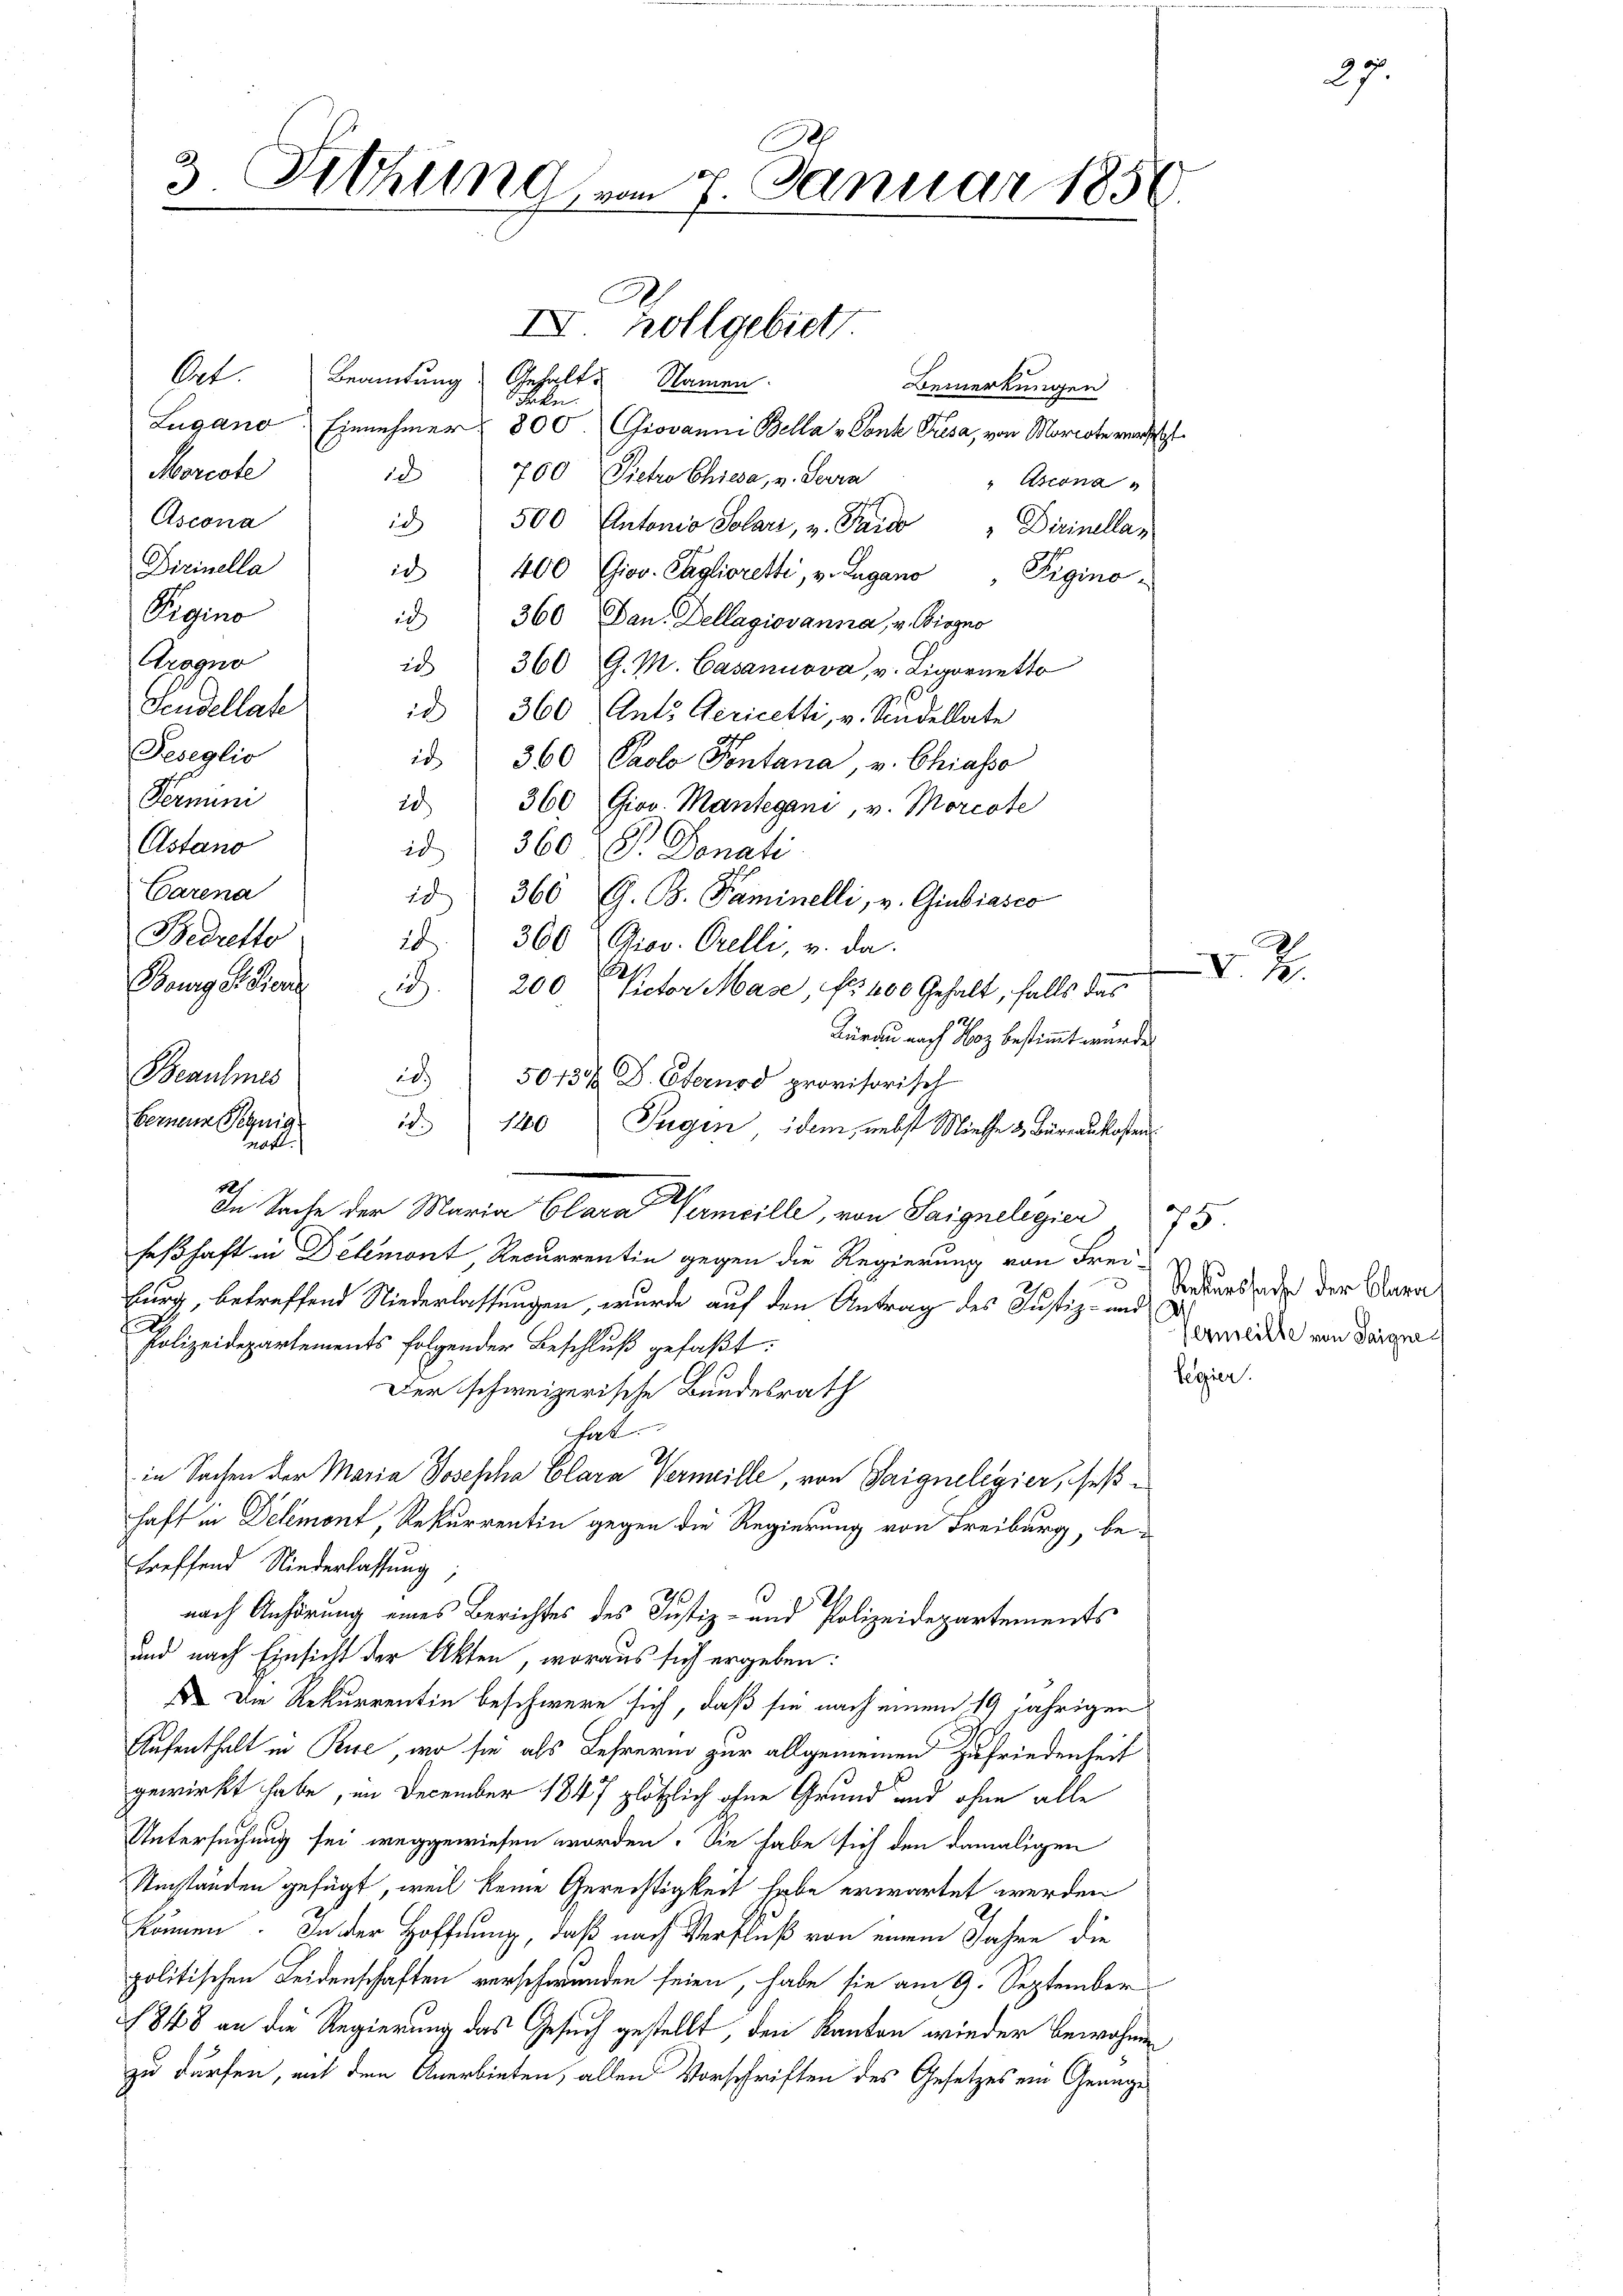
Bedretto
Beaumes
bernen Segnig
nott.

3. Fiehung vom 7. Januar 1856
.

Ort. Beamtung Gehalt Namen.
Bemerkungen
Frkn.
Lugano Einnehmer 800. Giovanni Bella Conk Fuesa, von Morcote versetzt
Morcote
1
760 Pietro Chiesa, v. Ferra
" Arcona
Ascona
ich
500 Antonio Solari, u. Pardo " Dirinellan
Dirinella
ic
400 Giov. Caglioretti, v. Lugano
Pigino
Pigno
ich
360. Dan. Dellagiovanna, v. Biogno
20
360 G. M. Casannova, v. Ligornetto
id 360 Ant. Gericetti, v. Stadellate
id " 360 Paolo Pontana, v. Chiasso
20
360 Giov. Mantegani, v. Morcote
id
360 f. Donati
id 360 (G. B. Faminelli, v. Giubiasco
1
360 Giov. Orelli, u. da
12
)
burg, betreffend Niederlassungen, wurde auf den Antrag des Justiz- und
Polizeidepartements folgender Beschluß gefaßt:
Der schweizerische Bundesrath
hat
2.
in Sachen der Maria Josepha Clara Vermille, von Saignelegier, seßhaft in Delémont Rekurrentin gegen die Regierung von Freiburg, be-
Treffend Niederlassung;
nach Anhörung eines Berichtes des Justiz- und Polizeidepartements
und nach Einsicht der Akten, woraus sich ergeben:
 Die Rekurrentin beschwere sich, daß sie nach einem 19 jährigen
Aufenthalt in Pire, wo sie als Lehrerin zur allgemeinen Zufriedenheit
gewirkt habe, im December 1847 plötzlich ohne Grund und ohne alle
Untersuchung sei weggewiesen worden. Sie habe sich den damaligen
Umständen gefügt, weil keine Gerechtigkeit habe erwartet werden
können. In der Hoffnung, daß nach Verfluß von einem Jahre die
politischen Seidenschaften verschwunden seien, habe sie am 9. September
1848 an die Regierung das Gesuch gestellt, den Kanton wieder bewahnen
zu dürfen, mit dem Anerbieten, allen Vorschriften des Gesetzes ein Genüge

Arogno
Sendellate
Feseglio
Fermini
Ostano
Carena

.
Bourg hier d. 200  Victor Mase, No 400 Gehalt, falls das
20.
5043/ D. Ebernod provisorisch
1260
2
Jugen, idem, nebst Miethe & Bureaukosten
An Sache der Maria Clara ermeille, von Saigneligier 5.
feßhaft in Delemont Recurrentin gegen die Regierung von Frei-

IV. Zollgebiet

Kurau nach Hoz bestimmt wurde.

s

legier

V.

Z

37

Rekurssache der Clara
Vernseilte von Saigne